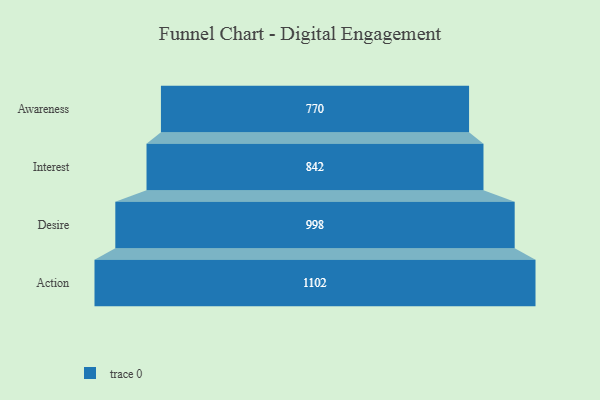
{"axis": {"x": "Stage", "y": "Value"}, "legend": [""], "data": [{"x": "Awareness", "y": 770.0, "type": ""}, {"x": "Interest", "y": 842.0, "type": ""}, {"x": "Desire", "y": 998.0, "type": ""}, {"x": "Action", "y": 1102.0, "type": ""}]}